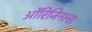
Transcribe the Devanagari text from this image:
ऑरिजिनल्स